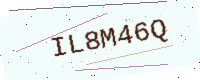
Text: IL8M46Q